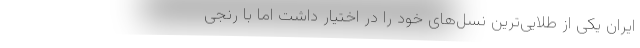
ایران یکی از طلایی‌ترین نسل‌های خود را در اختیار داشت اما با رنجی